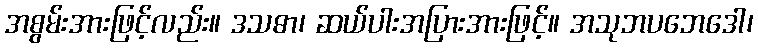
အစွမ်းအားဖြင့်လည်း။ ဒသဓာ၊ ဆယ်ပါးအပြားအားဖြင့်။ အသုဘပဘေဒေါ၊